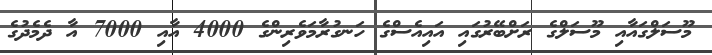
މޫސަލްގައާއި މޫސަލްގެ ރަށްބޭރުގައި އައިއެސްގެ ހަނގުރާމަވެރިންގެ 4000 އާއި 7000 އާ ދެމެދުގެ